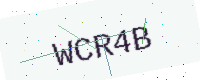
Text: WCR4B